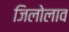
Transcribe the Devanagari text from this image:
जिलोलाव